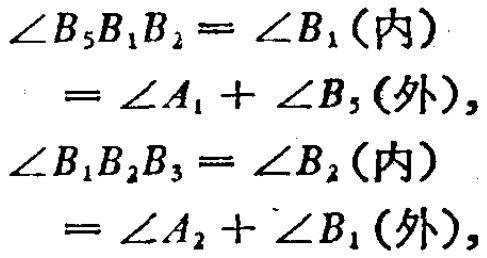
\(\begin{align*}

\angle B_{5}B_{1}B_{2}&=\angle B_{1}(\text{内})\\

&=\angle A_{1}+\angle B_{5}(\text{外}),\\

\angle B_{1}B_{2}B_{3}&=\angle B_{2}(\text{内})\\

&=\angle A_{2}+\angle B_{1}(\text{外}),

\end{align*}\)